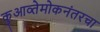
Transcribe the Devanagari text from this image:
कुआव्तेमोकनंतरचा